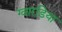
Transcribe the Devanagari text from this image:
ग्वारडिया